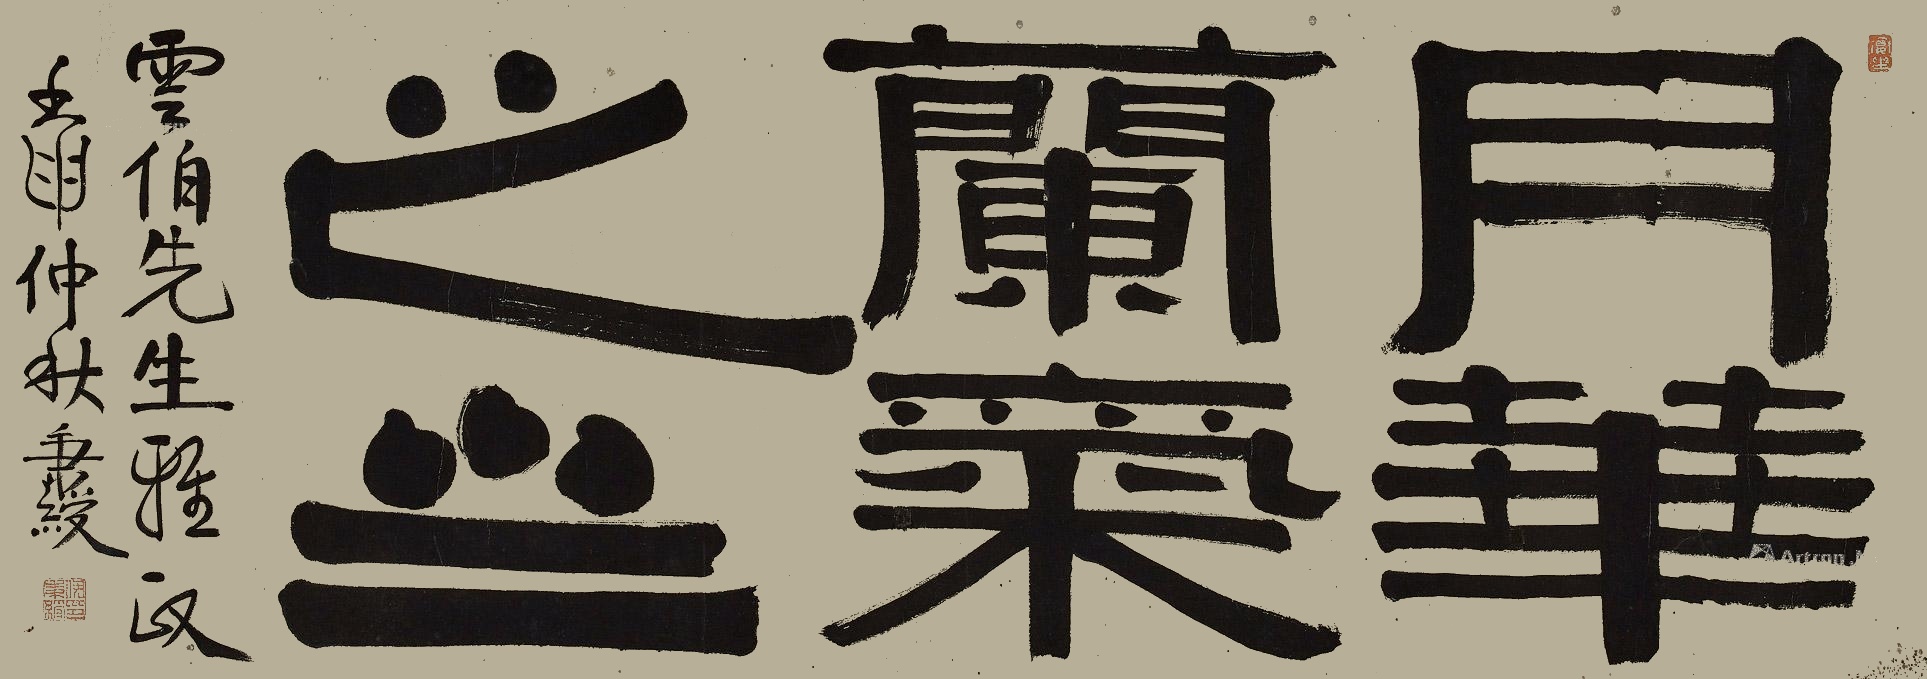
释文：月华兰气质斋云伯先生雅正。壬申中秋，秉绶。